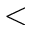
<